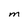
Character: M